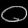
Digit: ၀